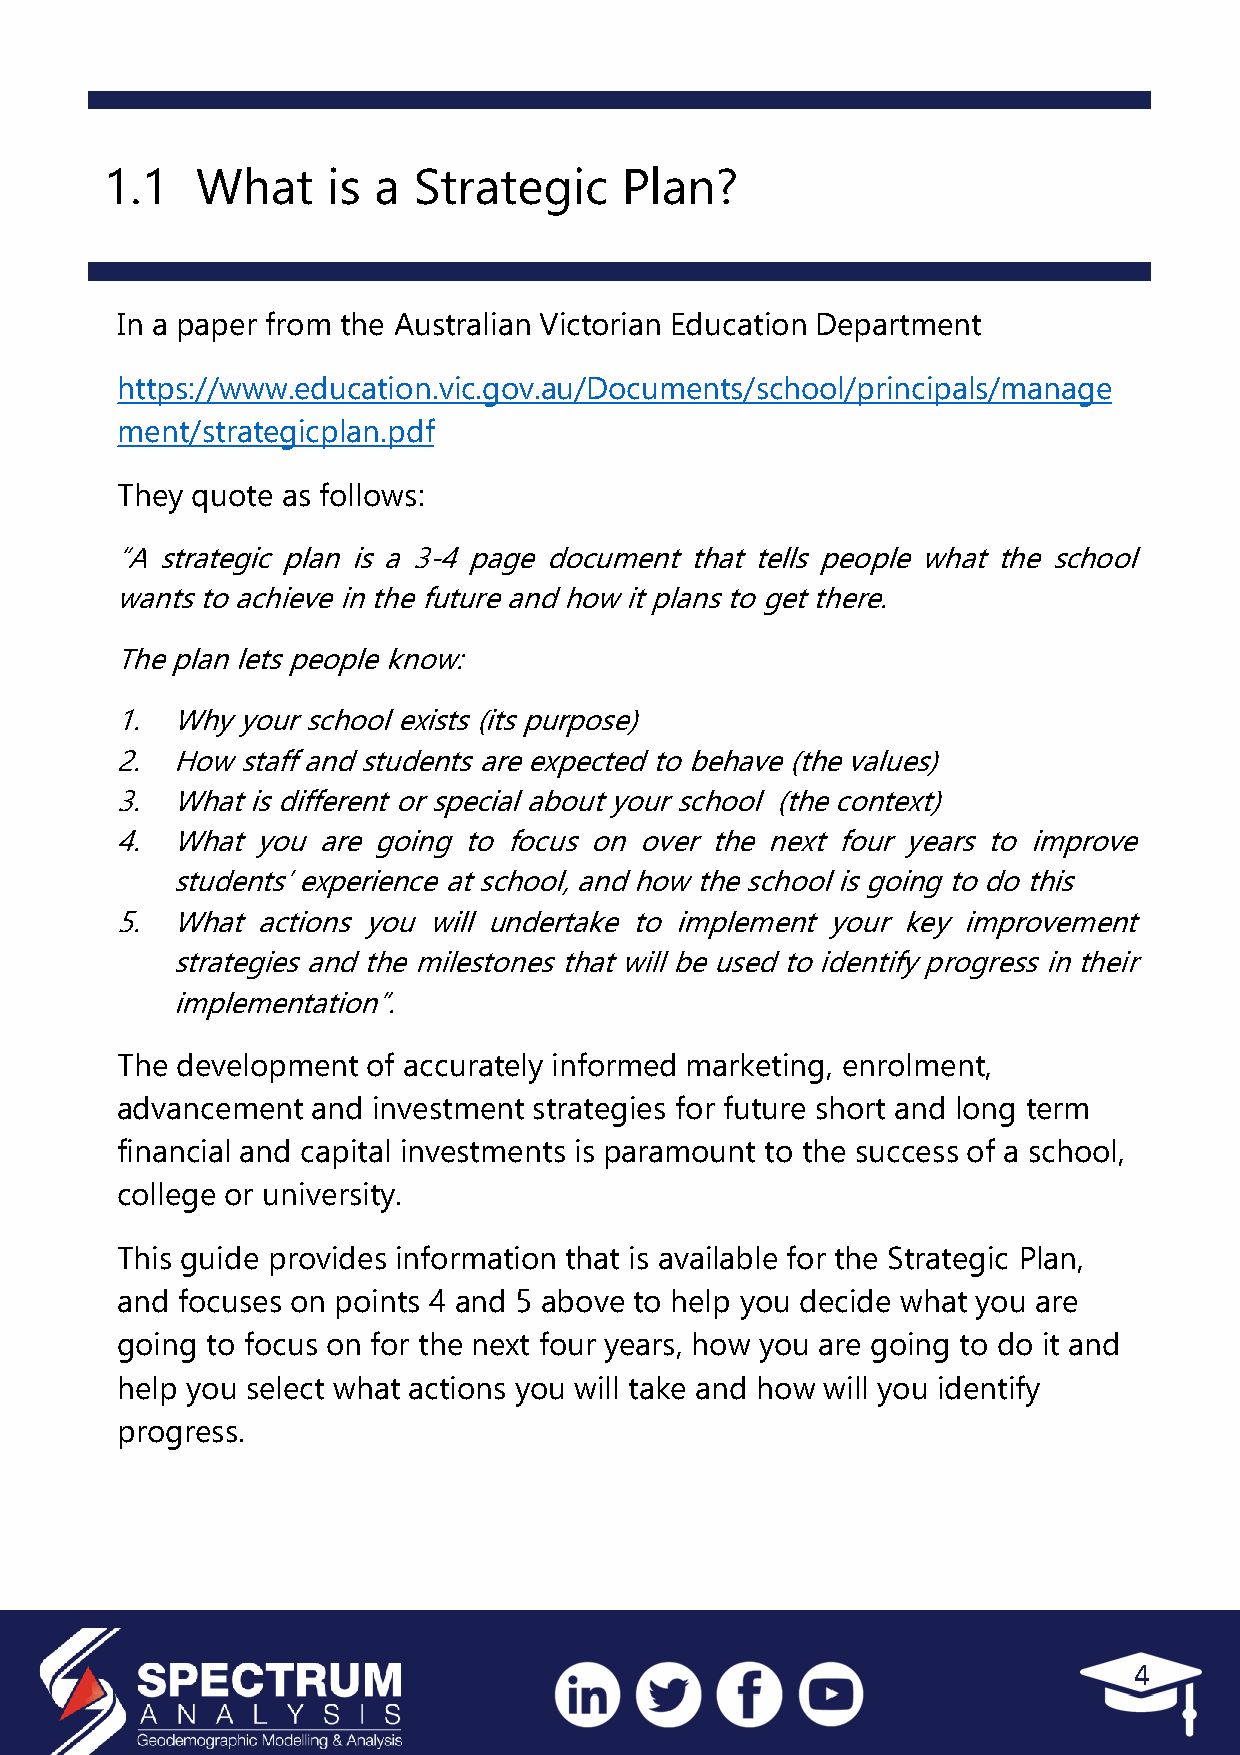
1.1   What     is a Strategic     Plan?
 In a paper from the Australian Victorian Education Department
 https://www.education.vic.gov.au/Documents/school/principals/manage
 ment/strategicplan.pdf
 They quote as follows:
 “Astrategicplanisa3-4pagedocumentthattellspeoplewhattheschool
 wantstoachieveinthefutureandhowitplanstogetthere.
 Theplanletspeopleknow:
 1. Whyyourschoolexists(itspurpose)
 2. Howstaffandstudentsareexpectedtobehave(thevalues)
 3. Whatisdifferentorspecialaboutyourschool (thecontext)
 4. Whatyouaregoingtofocusonoverthenextfouryearstoimprove
 students’experienceatschool,andhowtheschoolisgoingtodothis
 5. What  actions you will undertake to implement your key improvement
 strategiesandthemilestonesthatwillbeusedtoidentifyprogressintheir
 implementation”.
 The development of accurately informed marketing, enrolment,
 advancement  and investment strategies for future short and long term
 financial and capital investments is paramount to the success of a school,
 college or university.
 This guide provides information that is available for the Strategic Plan,
 and focuses on points 4 and 5 above to help you decide what you are
 going to focus on for the next four years, how you are going to do it and
 help you select what actions you will take and how will you identify
 progress.
 4